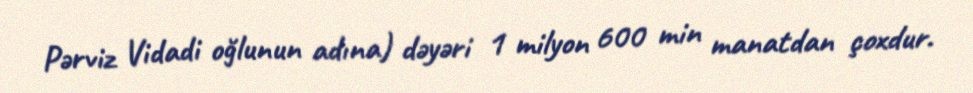
Pərviz Vidadi oğlunun adına) dəyəri 1 milyon 600 min manatdan çoxdur.